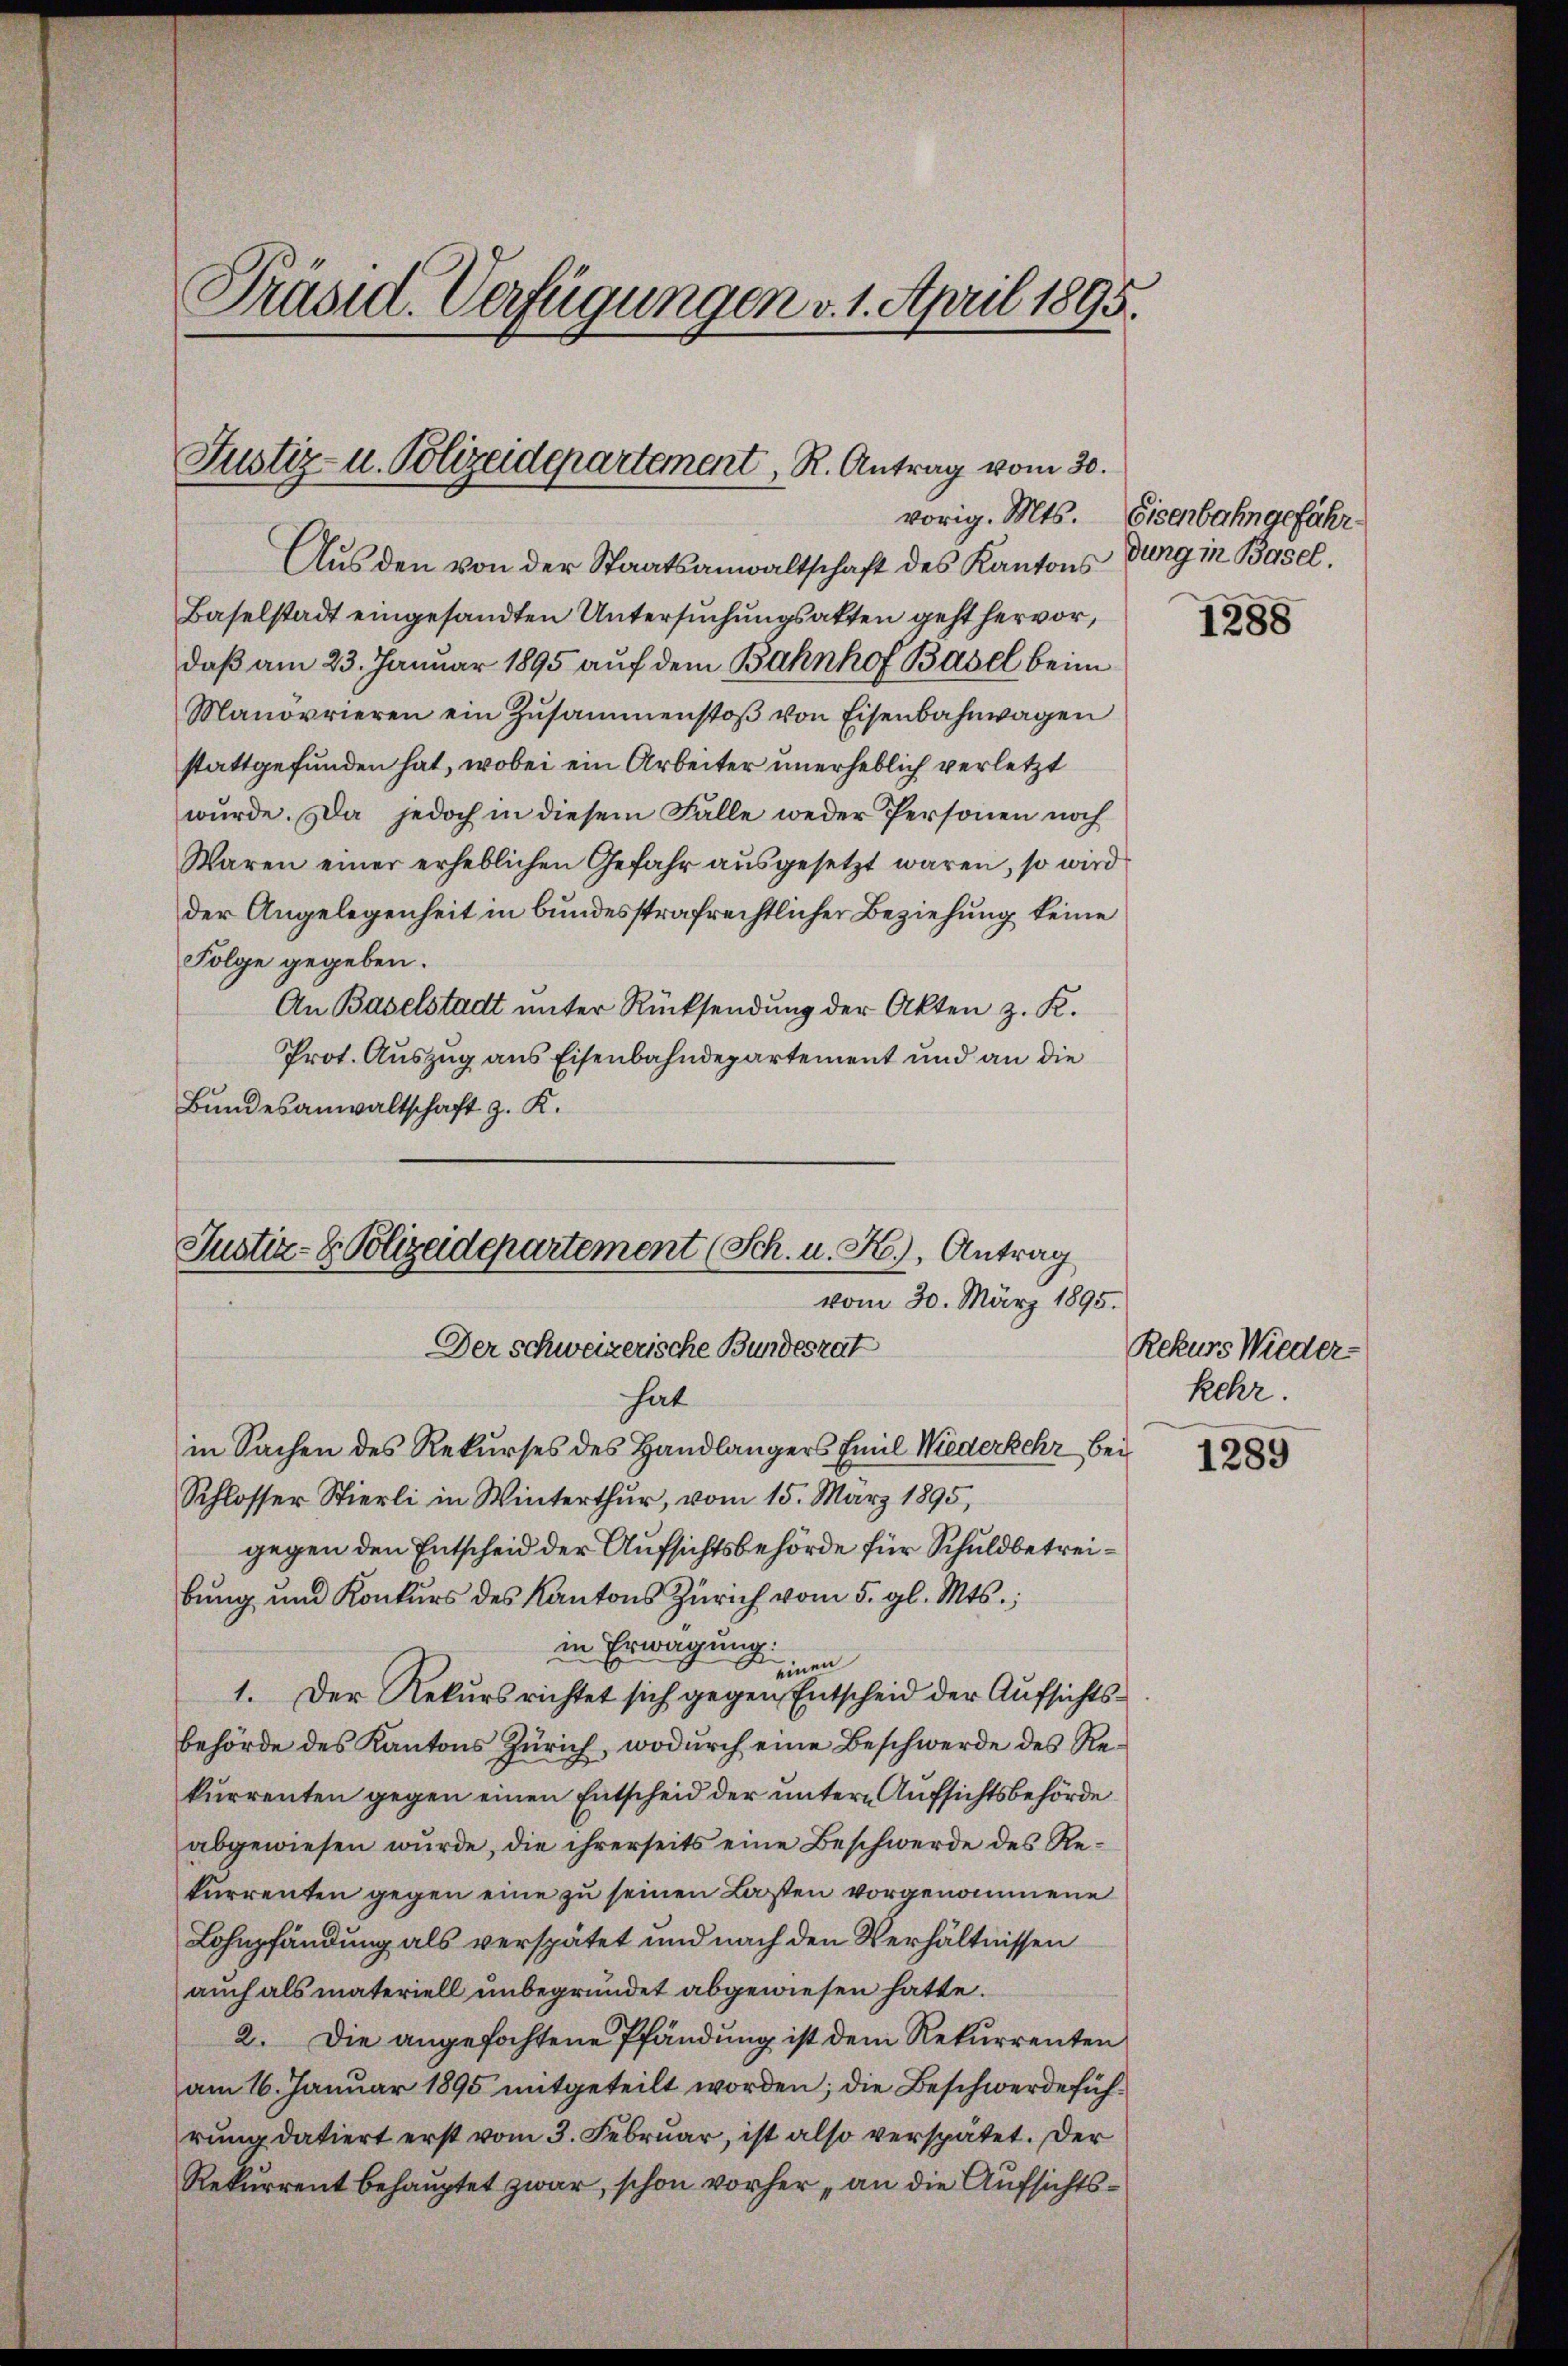
Präsid. Verfügungen v. 1. April 1895.

Justiz- u. Polizeidepartement, R. Antrag vom 30.

Aus den von der Staatsanwaltschaft des Kantons
Baselstadt eingesandten Untersuchungsakten geht hervor,
daß am 23. Januar 1895 auf dem Bahnhof Basel beim
Manövrieren ein Zŭsammenstoβ von Eisenbahnwagen
stattgefunden hat, wobei ein Arbeiter unerheblich verletzt
wurde. Da jedoch in diesem Falle weder Personen noch
Waren einer erheblichen Gefahr aŭsgesetzt waren, so wird
der Angelegenheit in bundesstrafrechtlicher Beziehung keine
Folge gegeben.
An Baselstadt unter Rücksendung der Akten z. K.
Prot. Auszug aus Eisenbahndepartement und an die
Bundesanwaltschaft z. K.

Justiz- & Polizeidepartement (Sch. u. H., Antrag
vom 30. März 1895.
Der schweizerische Bundesrat
hat

in Sachen des Rekurses des Handlängers Emil Wiederkehr bei
Schlosser Stierli in Winterthur, vom 15. März 1895,
gegen den Entscheid der Aufsichtsbehörde für Schuldbetreibŭng und Konkŭrs des Kantons Zürich vom 5. gl. Mts.,
in Erwägung.
einen
1. Der Rekursrichtet sich gegen Entscheid der Aufsichtsbehörde des Kantons Zürich, wodurch eine Beschwerde des Rekurrenten gegen einen Entscheid der untern Aufsichtsbehörde
abgewiesen würde, die ihrerseits eine Beschwerde des Rekurrenten gegen eine zu seinen Losten vorgenommene
Lohpfändung als verspätet und nach den Verhältnissen
auch als materiell unbegründet abgewiesen hatte.
2. Die angefochtene Pfändung ist dem Rekurrenten
am 16. Januar 1895 mitgeteilt worden; die Beschwerdeführŭng datiert erst vom 3. Februar, ist also verspätet. Der
Rekurrent behauptet zwar, schon vorher „an die Aufsichts¬

vorig. Mts. Eisenbahngeführ
dung in Basel.

1288

Rekurs Wieder-
kehr.

1289